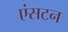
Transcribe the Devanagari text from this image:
एंसटन